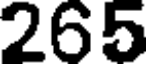
265